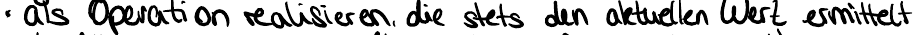
- als Operation realisieren, die stets den aktuellen Wert ermittelt